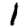
Digit: 1